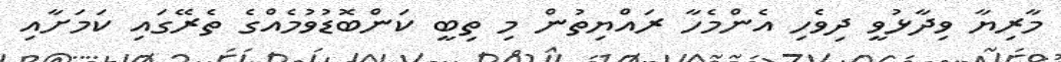
މާރިޔާ ވިދާޅުވީ ދިވެހި އެންމެހާ ރައްޔިތުން މި ތިބީ ކަންބޮޑުވުމެއްގެ ތެރޭގައި ކަމަށާއި